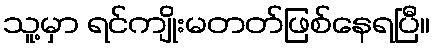
သူ့မှာ ရင်ကျိုးမတတ်ဖြစ်နေရပြီ။